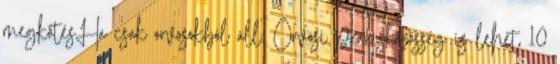
megkötésHa csak orvosokból áll, Orvosi praxisközösség is lehet 10